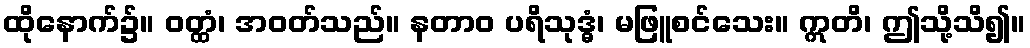
ထိုနောက်၌။ ဝတ္ထံ၊ အဝတ်သည်။ နတာဝ ပရိသုဒ္ဓံ၊ မဖြူစင်သေး။ ဣတိ၊ ဤသို့သိ၍။